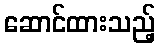
ဆောင်ထားသည့်